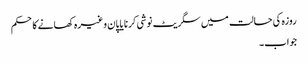
روزہ کی حالت میں سگریٹ نوشی کرنا یا پان وغیرہ کھانے کاحکم
جواب۔